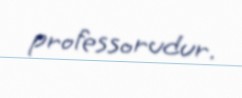
professorudur.